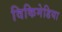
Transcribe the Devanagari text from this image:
विकिमेडिया